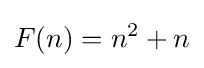
F(n)=n^{2}+n